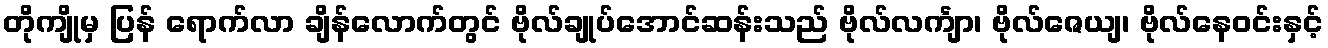
တိုကျိုမှ ပြန် ရောက်လာ ချိန်လောက်တွင် ဗိုလ်ချုပ်အောင်ဆန်းသည် ဗိုလ်လင်္ကျာ၊ ဗိုလ်ဇေယျ၊ ဗိုလ်နေဝင်းနှင့်